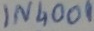
Text: IN4001